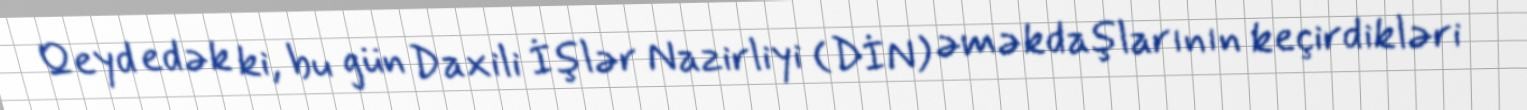
Qeyd edək ki, bu gün Daxili İşlər Nazirliyi (DİN) əməkdaşlarının keçirdikləri